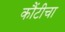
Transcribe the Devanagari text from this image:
कौंटीचा